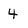
Character: 4